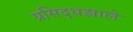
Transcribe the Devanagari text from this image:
प्रसिद्धझाले